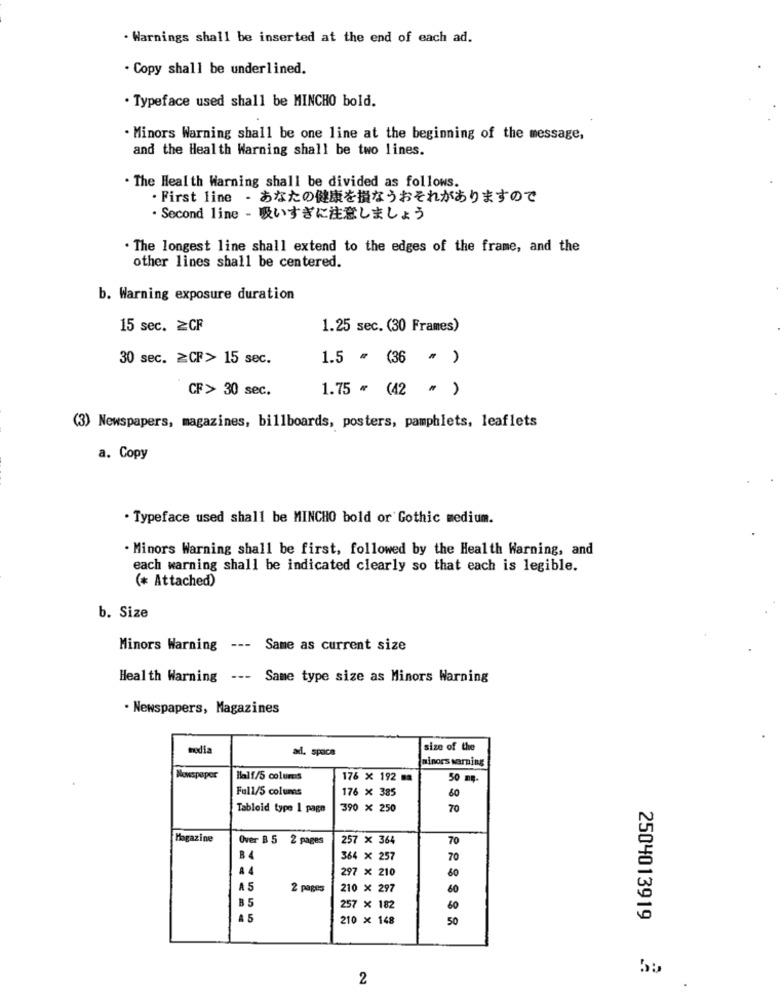
. Warnings shall be inserted at the end of each ad.
. Copy shall be underlined.
. Typeface used shall be MINCHO bold.
. Minors Warning shall be one line at the beginning of the message,
and the Health Warning shall be two lines.
. The Health Warning shall be divided as follows.
· First line · あなたの健康を損なうおそれがありますので
·Second line - 吸いすぎに注意しましょう
. The longest line shall extend to the edges of the frame, and the
other lines shall be centered.
b. Warning exposure duration
15 sec. ≥CF
1.25 sec. (30 Frames)
30 sec. ≥CF> 15 sec.
1.5 * (36 " )
CF> 30 sec.
1.75 * (42 " )
(3) Newspapers, magazines, billboards, posters, pamphlets, leaflets
a. Copy
. Typeface used shall be MINCHO bold or Gothic medium.
. Minors Warning shall be first, followed by the Health Warning, and
each warning shall be indicated clearly so that each is legible.
(* Attached)
b. Size
Minors Warning --- Same as current size
Health Warning --- Same type size as Minors Warning
· Newspapers, Magazines
nodia
add. space
size of the
minors warning
Nowspaper
Half/5 columns
176 × 192 ma
50 mg.
Full/5 columns
176 × 385
60
Tabloid type 1 page
390 × 250
70
Magazine
Over B 5 2 pages
257 x 364
70
BA
364 × 257
70
8 4
297 x 210
60
A5
2 pages
210 × 297
60
B5
257 × 182
60
A 5
210 × 148
50
2504013919
2